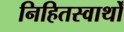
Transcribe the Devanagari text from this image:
निहितस्वार्थों